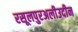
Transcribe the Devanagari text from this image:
रसूलपुरअलीउदीन